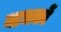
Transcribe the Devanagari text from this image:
नाभकों